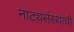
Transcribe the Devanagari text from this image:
नाट्यसंस्थांची